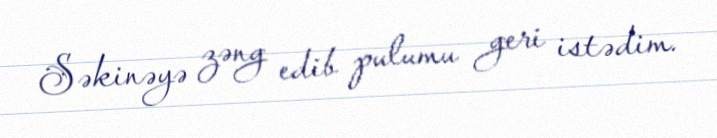
Səkinəyə zəng edib pulumu geri istədim.